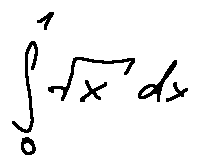
\int \limits _ { 0 } ^ { 1 } \sqrt { x } d x